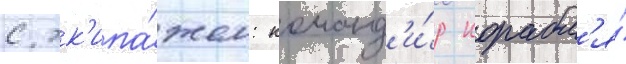
с эк'ипа́жем: команд'и́р корабл'я́